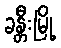
ခန္တီးမြို့